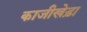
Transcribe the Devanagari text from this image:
काजीखेड़ा